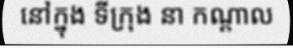
នៅក្នុង ទីក្រុង នា កណ្តាល